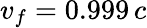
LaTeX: v_{f}=0.999\, c